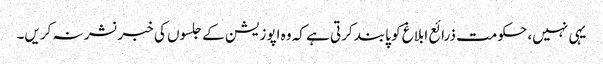
یہی نہیں، حکومت ذرائع ابلاغ کو پابند کرتی ہے کہ وہ اپوزیشن کے جلسوں کی خبر نشر نہ کریں۔